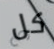
كل